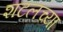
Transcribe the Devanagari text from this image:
शटलच्या